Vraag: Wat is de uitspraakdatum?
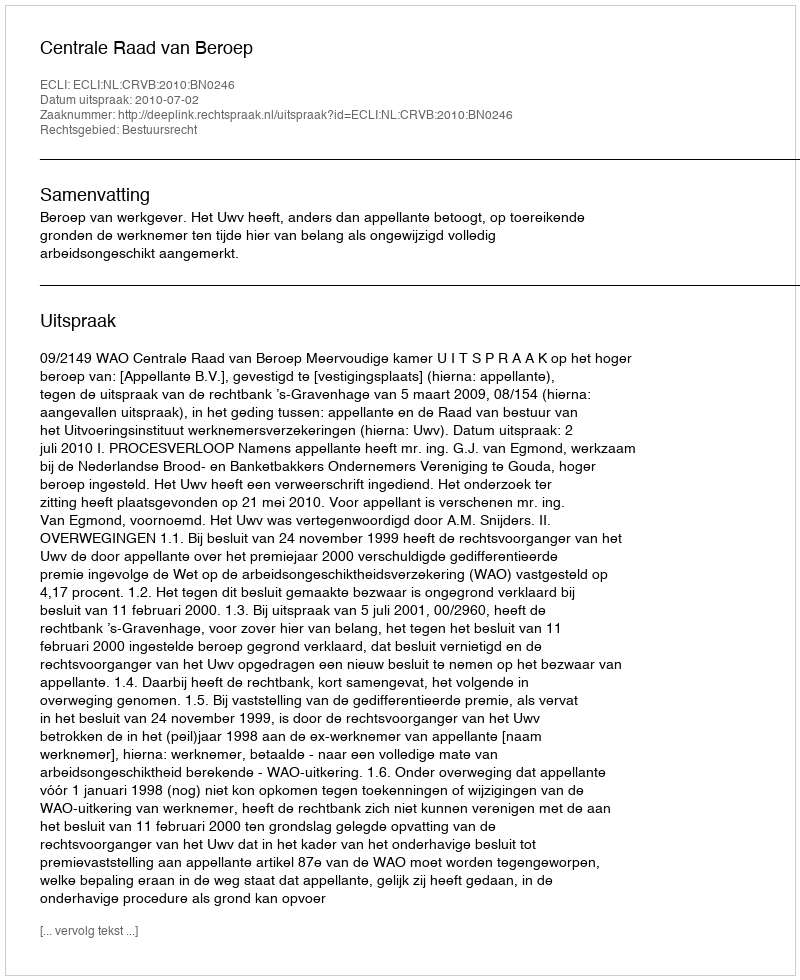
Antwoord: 2010-07-02